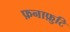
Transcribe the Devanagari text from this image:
फ़नाफ़ुटि